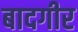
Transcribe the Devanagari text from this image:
बादगीर